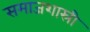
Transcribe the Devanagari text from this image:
समाजशास्री